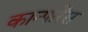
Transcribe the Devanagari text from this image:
कान्फरेंस